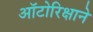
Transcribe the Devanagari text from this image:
ऑटोरिक्षाने